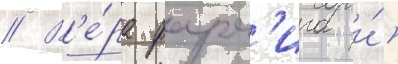
// В'е́ра фарм'ига и́